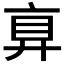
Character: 𢍓